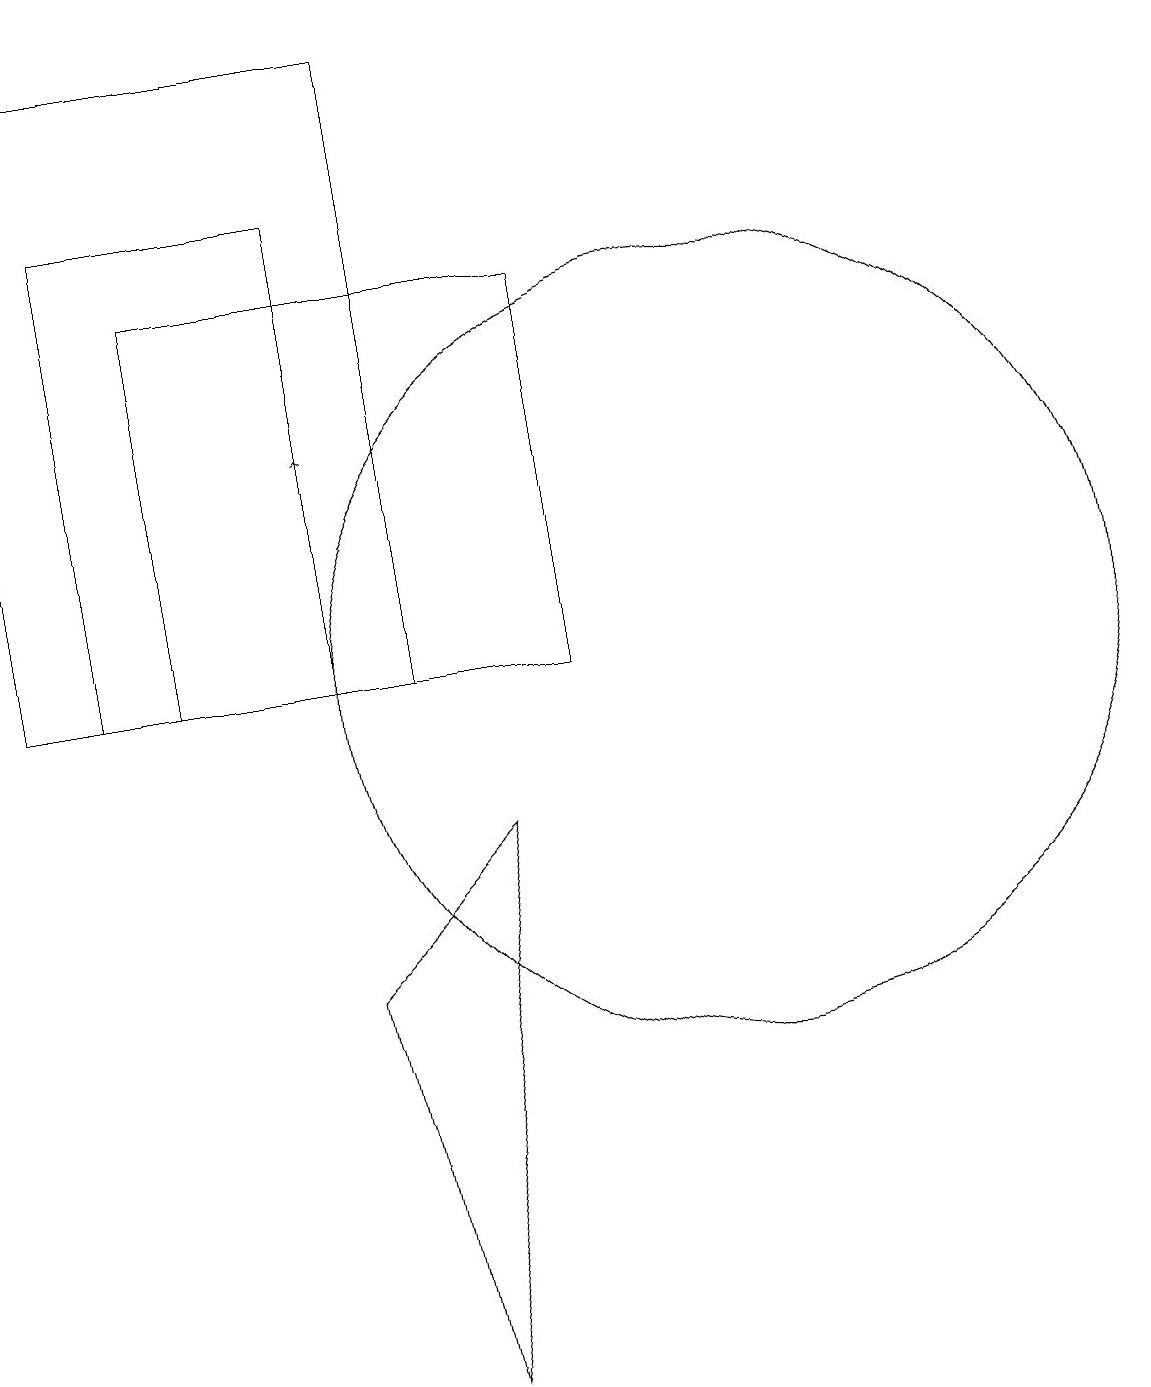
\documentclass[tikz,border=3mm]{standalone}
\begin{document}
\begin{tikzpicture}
\draw (11,11) circle (5);
\draw (9,16) rectangle (4,11);
\draw[->] (6,12) -- (6,14);
\draw (6,17) rectangle (3,11);
\draw (6,7) -- (8,9) -- (7,2) -- cycle;
\draw (7,11) rectangle (2,19);
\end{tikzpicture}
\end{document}